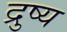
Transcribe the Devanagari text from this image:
द्रुष्य